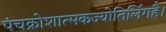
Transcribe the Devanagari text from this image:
पंचक्रोशात्मकज्योतिर्लिगहै।